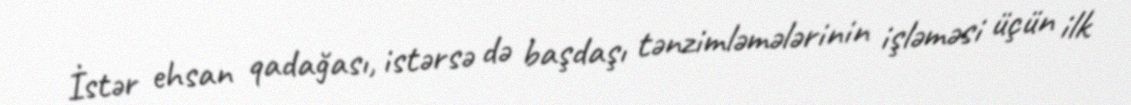
İstər ehsan qadağası, istərsə də başdaşı tənzimləmələrinin işləməsi üçün ilk